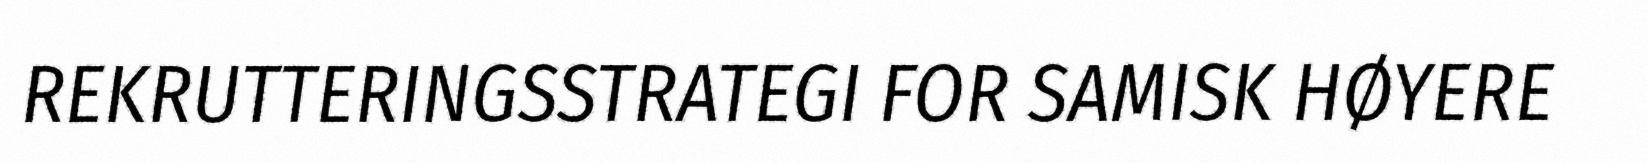
REKRUTTERINGSSTRATEGI FOR SAMISK HØYERE